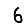
Digit: 6